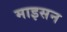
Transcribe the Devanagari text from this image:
माइसन